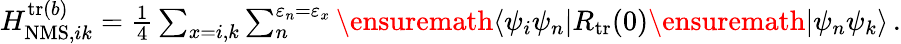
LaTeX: \begin{array}{r}{H_{\mathrm{NMS},ik}^{\mathrm{tr}(b)}=\frac{1}{4}\sum_{x=i,k}\sum_{n}^{\varepsilon_{n}=\varepsilon_{x}}\ensuremath{\langle\psi_{i}\psi_{n}|}{R}_{\mathrm{tr}}(0)\ensuremath{|\psi_{n}\psi_{k}\rangle}\, .}\end{array}